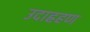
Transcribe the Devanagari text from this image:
उदाह्रहण